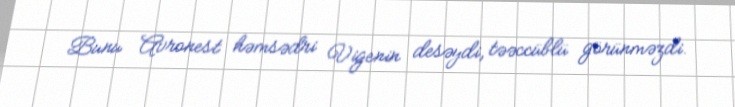
Bunu Avronest həmsədri Vigenin desəydi, təəccüblü görünməzdi.